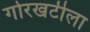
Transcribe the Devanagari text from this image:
गोरखटीला